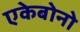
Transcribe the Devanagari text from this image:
एकेबोनो